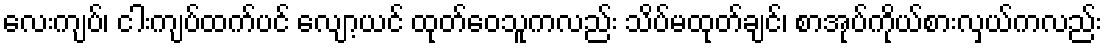
လေးကျပ်၊ ငါးကျပ်ထက်ပင် လျော့ယင် ထုတ်ဝေသူကလည်း သိပ်မထုတ်ချင်၊ စာအုပ်ကိုယ်စားလှယ်ကလည်း